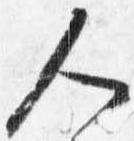
人